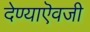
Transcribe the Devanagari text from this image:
देण्याऎवजी